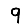
Digit: 9